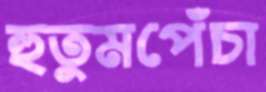
হুতুমপেঁচা